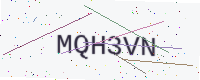
Text: MQH3VN